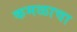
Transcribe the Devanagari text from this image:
कमळाचा